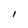
Character: l